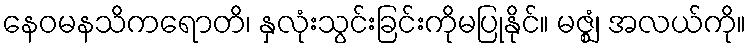
နေဝမနသိကရောတိ၊ နှလုံးသွင်းခြင်းကိုမပြုနိုင်။ မဇ္ဈံ၊ အလယ်ကို။